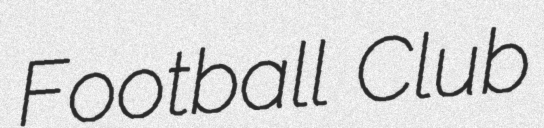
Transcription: Football Club